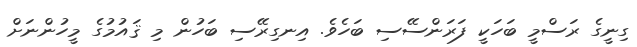
ގިނީގެ ރަސްމީ ބަހަކީ ފަރަންސޭސި ބަހެވެ. އިނގިރޭސި ބަހުން މި ޤައުމުގެ މީހުންނަށް